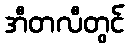
အီတလီတွင်